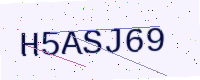
Text: H5ASJ69